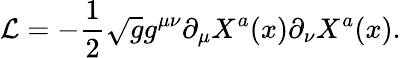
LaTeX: {\cal L}=-\frac{1}{2}\sqrt{g}g^{\mu\nu}\partial_{\mu}X^{a}(x)\partial_{\nu}X^{a}(x).